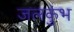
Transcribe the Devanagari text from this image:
जलकुंभ